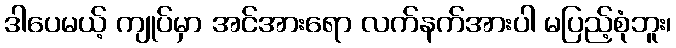
ဒါပေမယ့် ကျုပ်မှာ အင်အားရော လက်နက်အားပါ မပြည့်စုံဘူး၊